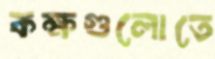
কক্ষগুলোতে